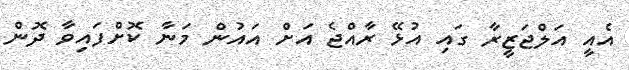
އެއީ އަލްޖަޒީރާ ގައި އުޅޭ ރާއްޖެ އަށް އައުން މަނާ ކޮށްފައިވާ ދޮން